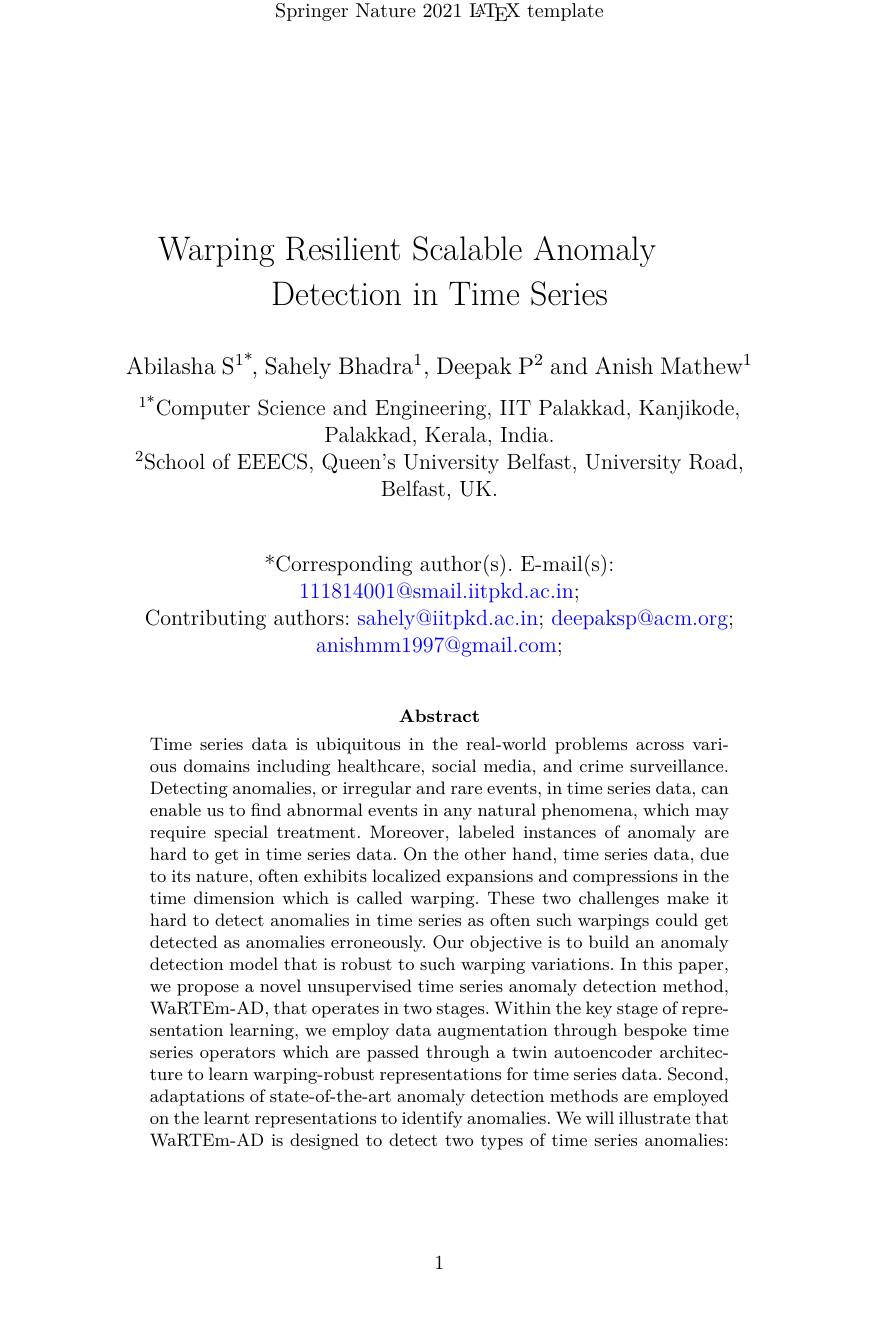
Springer Nature 2021 IATEX template

# Warping Resilient Scalable Anomaly Detection in Time Series

Abilasha S$^1^{*}$,Sahely Bhadra$^1$, Deepak P$^2$ and Anish Mathew$^1$ $^{1*}$Computer Science and Engineering, IIT Palakkad, Kanjikode,
Palakkad, Kerala, India.
$^{2}$School of EEECS, Queen's University Belfast, University Road,
Belfast, UK.

# $^{*}$Corresponding author(s). E-mail(s): $111814001@$smail.iitpkd.ac.in; Contributing authors: sahely@iitpkd.ac.in; deepaksp@acm.org; anishmm1997@gmail.com;

Abstract

Time series data is ubiquitous in the real-world problems across various domains including healthcare, social media, and crime surveillance. Detecting anomalies, or irregular and rare events, in time series data, can enable us to find abnormal events in any natural phenomena, which may require special treatment. Moreover, labeled instances of anomaly are hard to get in time series data. On the other hand, time series data, due to its nature, often exhibits localized expansions and compressions in the time dimension which is called warping. These two challenges make it hard to detect anomalies in time series as often such warpings could get detected as anomalies erroneously. Our objective is to build an anomaly detection model that is robust to such warping variations. In this paper, we propose a novel unsupervised time series anomaly detection method, WaRTEm-AD, that operates in two stages. Within the key stage of representation learning, we employ data augmentation through bespoke time series operators which are passed through a twin autoencoder architecture to learn warping-robust representations for time series data. Second, adaptations of state-of-the-art anomaly detection methods are employed on the learnt representations to identify anomalies. We will illustrate that WaRTEm-AD is designed to detect two types of time series anomalies:

1